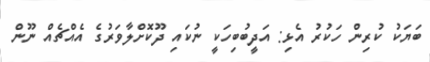
ބަޔަކު ކުރިން ހަކުރު އެޅި: އަދީބުބިހަކީ ނުކައި ދޫކޮށްލާވަރުގެ އެއްޗެއް ނޫން